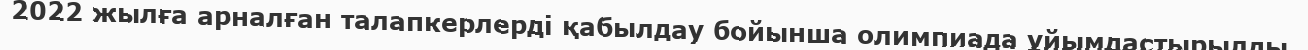
2022 жылға арналған талапкерлерді қабылдау бойынша олимпиада ұйымдастырылды.